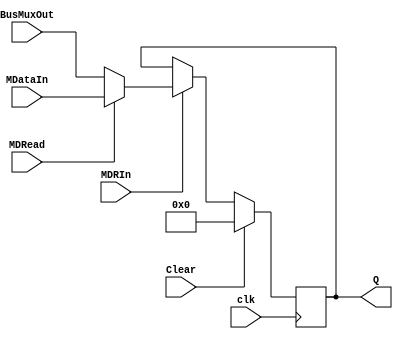
// This program was cloned from: https://github.com/Harminder13/RISC-Computer-Design
// License: MIT License

// MDR 2-1 Mux and MDR Data Register


module MDR(
	input wire clk,			// Synchronous clock input
	input wire Clear,			// Clear signal 
	 
	input wire[31:0] BusMuxOut, 
	input wire[31:0] MDataIn,
	input wire MDRead,
	input wire MDRIn,        // Control signal to enable MDR update 

	output reg[31:0] Q
);
reg[31:0] InputD;
// Mux Logic
//always @(BusMuxOut, MDataIn, MDRead) begin
//	InputD = MDRead ? MDataIn : BusMuxOut;
//end

// Register Update
always @(posedge clk) begin 
InputD = MDRead ? MDataIn : BusMuxOut;
	if (Clear)
		Q <= 31'b0; 	//Clear Q to all zeros 
	else if (MDRIn)
		Q <= InputD;
end

endmodule